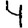
Digit: 4